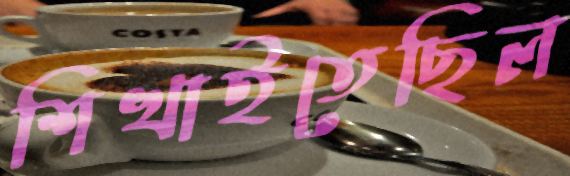
শিখাইতেছিল